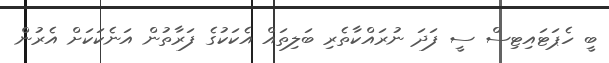
ބީ ހެޕަޓައިޓިސް ސީ ފަދަ ނުރައްކާތެރި ބަލިތައް އެކަކުގެ ފަރާތުން އަނެކަކަށް އެރުން